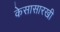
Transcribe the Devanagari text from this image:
केसासारखी